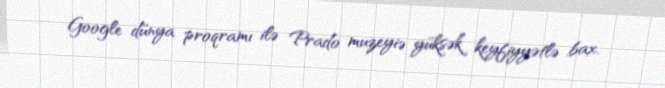
Google dünya proqramı ilə Prado muzeyiə yüksək keyfiyyətlə bax.